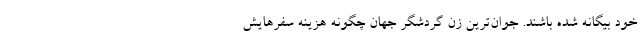
خود بیگانه شده باشند. جوان‌ترین زن گردشگر جهان چگونه هزینه سفرهایش